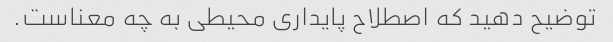
توضیح دهید که اصطلاح پایداری محیطی به چه معناست.